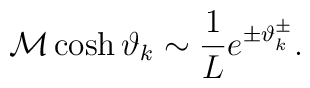
{\cal M}\cosh \vartheta _{k}\sim \displaystyle\frac{1}{L}e^{\pm \vartheta _{k}^{\pm }}.